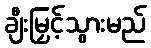
ချီးမြှင့်သွားမည်